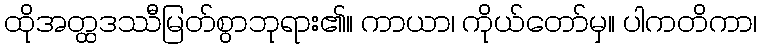
ထိုအတ္ထဒဿီမြတ်စွာဘုရား၏။ ကာယာ၊ ကိုယ်တော်မှ။ ပါကတိကာ၊